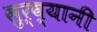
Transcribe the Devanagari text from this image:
सुर्व्यानी